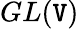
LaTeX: GL(\mathtt{V})